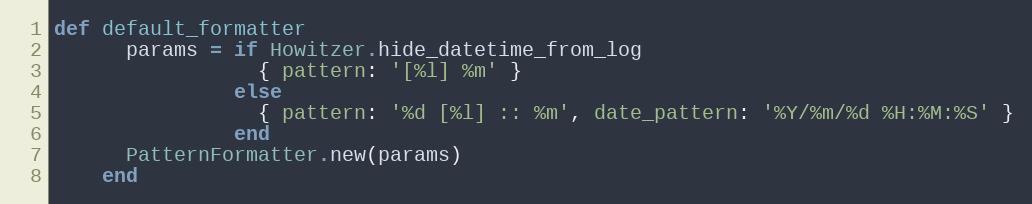
Language: Ruby
def default_formatter
      params = if Howitzer.hide_datetime_from_log
                 { pattern: '[%l] %m' }
               else
                 { pattern: '%d [%l] :: %m', date_pattern: '%Y/%m/%d %H:%M:%S' }
               end
      PatternFormatter.new(params)
    end